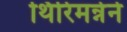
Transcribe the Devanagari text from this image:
थिरिमन्नेने